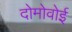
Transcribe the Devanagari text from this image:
दोमोवोई